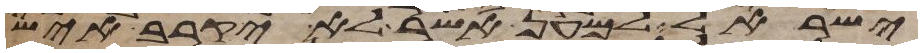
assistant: ישראל למען אשר לא יקרב איש